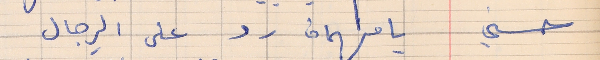
حسني     يا فهمان رد على الرِجال